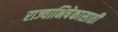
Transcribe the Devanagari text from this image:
राज्याभिषेकासाठी